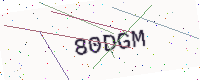
Text: 80DGM